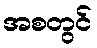
အစတွင်